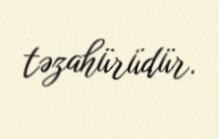
təzahürüdür.